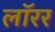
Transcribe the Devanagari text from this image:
लॉरर